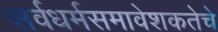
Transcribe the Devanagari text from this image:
सर्वधर्मसमावेशकतेचे